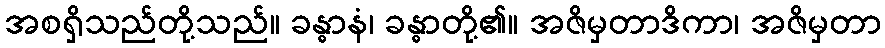
အစရှိသည်တို့သည်။ ခန္ဓာနံ၊ ခန္ဓာတို့၏။ အဇိမှတာဒိကာ၊ အဇိမှတာ